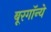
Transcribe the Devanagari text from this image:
बूरगॉन्ये